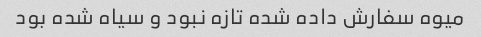
میوه سفارش داده شده تازه نبود و سیاه شده بود